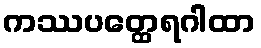
ကဿပတ္ထေရဂါထာ